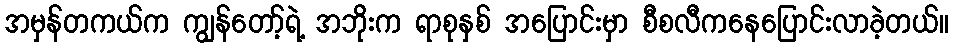
အမှန်တကယ်က ကျွန်တော့်ရဲ့ အဘိုးက ရာစုနှစ် အပြောင်းမှာ စီစလီကနေပြောင်းလာခဲ့တယ်။